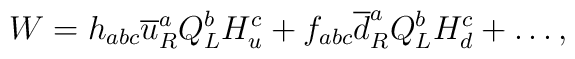
W=h_{abc}\overline{u}^{a}_{R}Q^{b}_{L}H^{c}_{u}+f_{abc}\overline{d}^{a}_{R}Q^{b}_{L}H^{c}_{d}+\ldots,